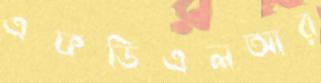
এফডিএলআর